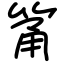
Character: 筩